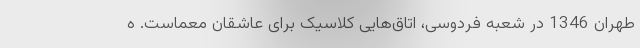
طهران 1346 در شعبه فردوسی، اتاق‌هایی کلاسیک برای عاشقان معماست. ه